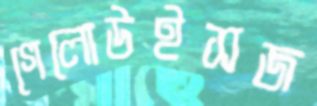
গেলোউইসজ